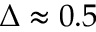
\Delta \approx 0 . 5